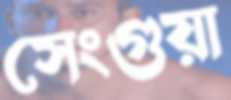
সেংগুয়া